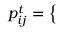
p _ { i j } ^ { t } = \left\{ \begin{array} { l l } { \begin{array} { r l r } \end{array} } \end{array} \right.